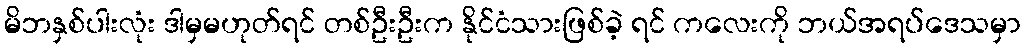
မိဘနှစ်ပါးလုံး ဒါမှမဟုတ်ရင် တစ်ဦးဦးက နိုင်ငံသားဖြစ်ခဲ့ ရင် ကလေးကို ဘယ်အရပ်ဒေသမှာ